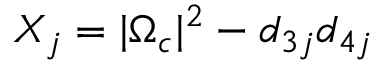
X _ { j } = | \Omega _ { c } | ^ { 2 } - d _ { 3 j } d _ { 4 j }